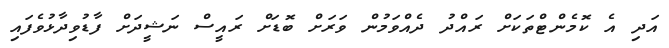
އަދި އެ ކޮމެންޓްތަކަށް ރައްދު ދެއްވަމުން ވަރަށް ބޮޑަށް ރައީސް ނަޝީދަށް ފާޑުވިދާޅުވެފައި